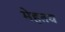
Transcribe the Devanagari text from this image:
मेहतव